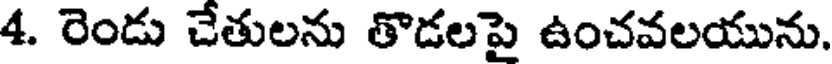
4. రెండు చేతులను తొడలపై ఉంచవలయును.